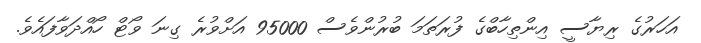
އަހަރުގެ ރިޔާސީ އިންތިހާބްގެ ފުރަތަމަ ބުރުންވެސް 95000 އަށްވުރެ ގިނަ ވޯޓް ހޯއްދަވާފައެވެ.